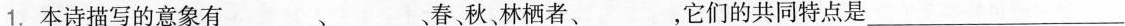
1.本诗描写的意象有___、___。春秋林栖者、___，它们的共同特点是___